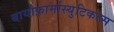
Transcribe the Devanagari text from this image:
बायोफ़ार्मास्युटिकल्स